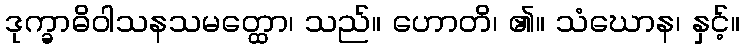
ဒုက္ခာဓိဝါသနသမတ္ထော၊ သည်။ ဟောတိ၊ ၏။ သံဃောန၊ နှင့်။